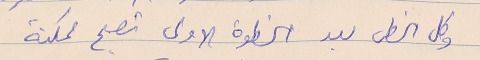
وكل الخطى بعد الخطوة الاولى تصبح ممكنة